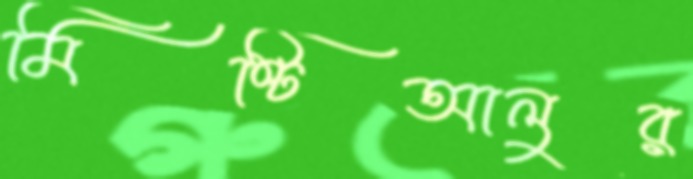
মিষ্টিআলুর